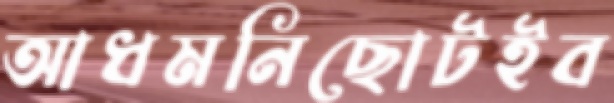
আধমনিছোটইব